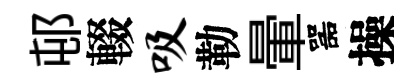
邨輟吸勒暈噐操